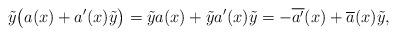
LaTeX: \begin{align*} \tilde y\big(a(x)+a'(x)\tilde y\big)=\tilde ya(x)+\tilde ya'(x)\tilde y =-\overline{a'}(x)+\overline a(x)\tilde y,\end{align*}